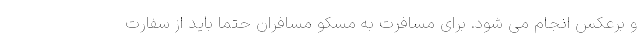
و برعکس انجام می شود. برای مسافرت به مسکو مسافران حتما باید از سفارت